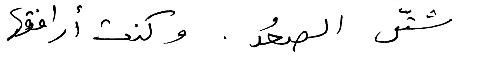
شتّى الصعُد. وكنت أرافقها